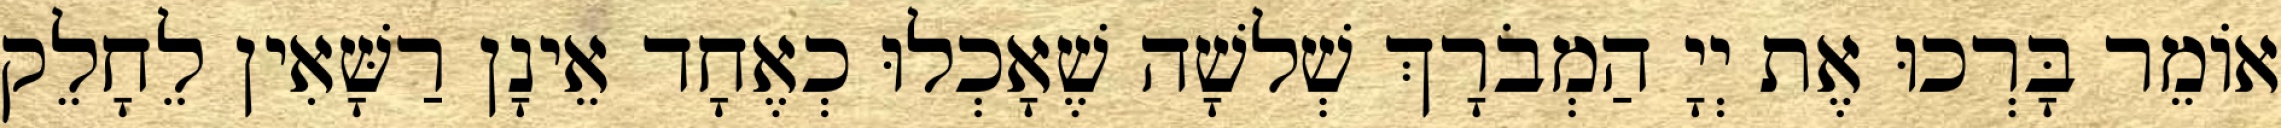
אוֹמֵר בָּרְכוּ אֶת יְיָ הַמְבֹרָךְ שְׁלשָׁה שֶׁאָכְלוּ כְאֶחָד אֵינָן רַשָּׁאִין לֵחָלֵק